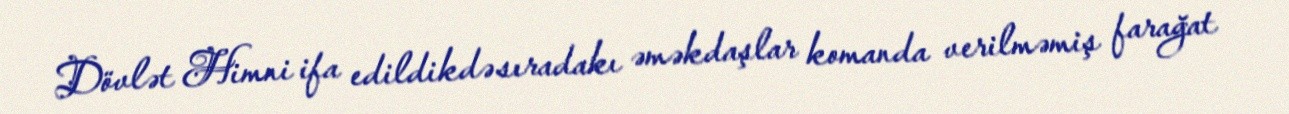
Dövlət Himni ifa edildikdə sıradakı əməkdaşlar komanda verilməmiş farağat